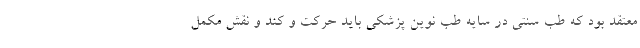
معتقد بود که طب سنتی در سایه طب نوین پزشکی باید حرکت و کند و نقش مکمل